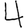
Digit: 4